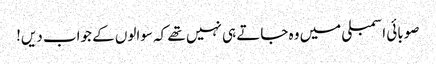
صوبائی اسمبلی میں وہ جاتے ہی نہیں تھے کہ سوالوں کے جواب دیں!